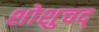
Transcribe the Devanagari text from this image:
शोशुचद्